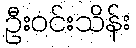
ဦးဝင်းသိန်း